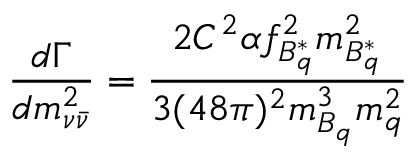
\frac { d \Gamma } { d m _ { \nu \bar { \nu } } ^ { 2 } } = \frac { 2 C ^ { 2 } \alpha f _ { B _ { q } ^ { * } } ^ { 2 } m _ { B _ { q } ^ { * } } ^ { 2 } } { 3 ( 4 8 \pi ) ^ { 2 } m _ { B _ { q } } ^ { 3 } m _ { q } ^ { 2 } }